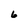
Character: 6